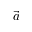
\vec { a }